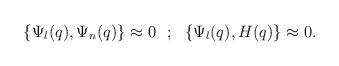
LaTeX: \begin{align*}\{\Psi _l(q) ,\Psi _n (q)\}\approx 0 ~~;~~\{\Psi _l(q) ,H (q)\}\approx 0.\end{align*}